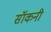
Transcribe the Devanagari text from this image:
सॉकनी